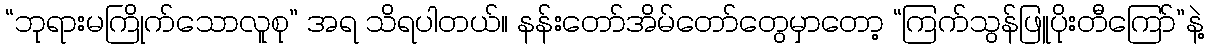
“ဘုရားမကြိုက်သောလူစု” အရ သိရပါတယ်။ နန်းတော်အိမ်တော်တွေမှာတော့ “ကြက်သွန်ဖြူပိုးတီကြော်”နဲ့